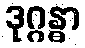
ဒုဂ္ဂန္ဓာ